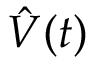
\hat { V } ( t )